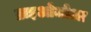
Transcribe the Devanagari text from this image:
ब्राइओजोआ